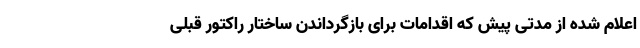
اعلام شده از مدتی پیش که اقدامات برای بازگرداندن ساختار راکتور قبلی